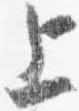
上